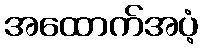
အထောက်အပံ့